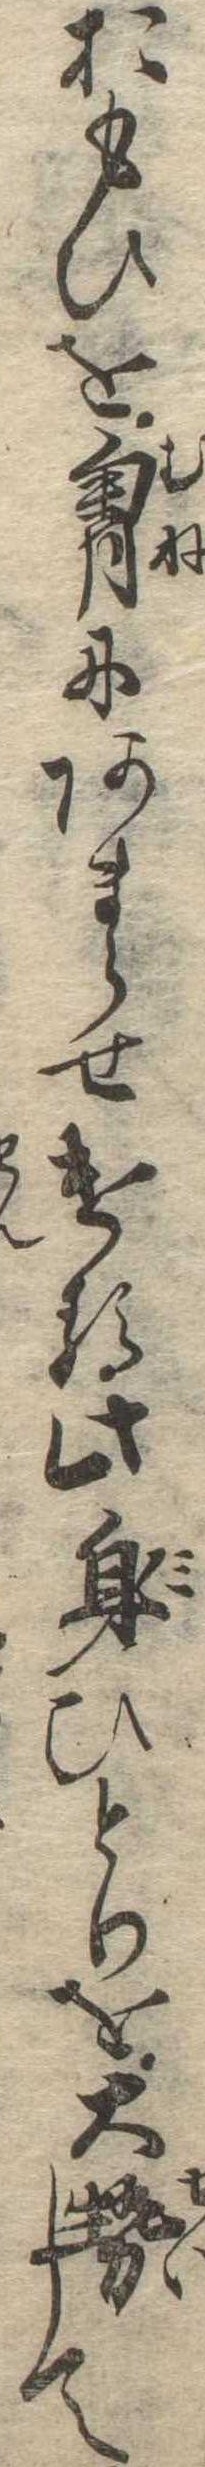
おもひを胸にあまらせける此身ひとりを大勢して